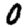
Digit: 0